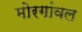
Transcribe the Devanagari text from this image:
मोरगांवल